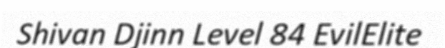
Shivan Djinn Level 84 EvilElite